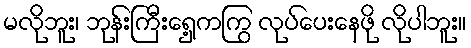
မလိုဘူး၊ ဘုန်းကြီးရှေ့ကကြွ လုပ်ပေးနေဖို လိုပါဘူး။